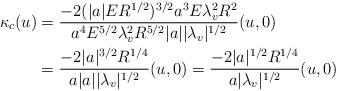
LaTeX: \begin{align*}\kappa_c(u)&=\frac{-2(|a|ER^{1/2})^{3/2}a^3E\lambda_v^2R^2}{a^4E^{5/2}\lambda_v^2R^{5/2}|a||\lambda_v|^{1/2}} (u,0)\\& =\frac{-2|a|^{3/2}R^{1/4}} {a|a||\lambda_v|^{1/2}} (u,0) =\frac{-2|a|^{1/2}R^{1/4}} {a |\lambda_v|^{1/2}} (u,0)\end{align*}